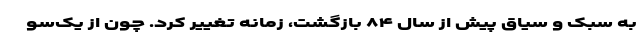
به سبک و سیاق پیش از سال ۸۴ بازگشت، زمانه تغییر کرد. چون از یک‌سو